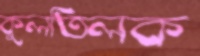
কুলতিলক